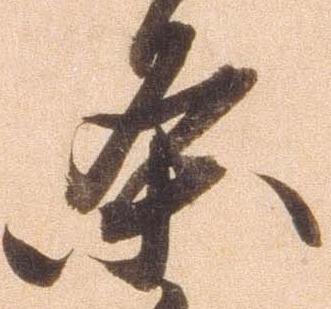
条